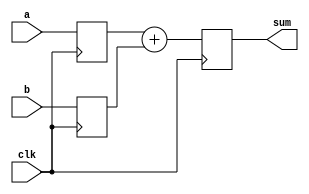
module sum( a,b,
sum,clk);
input [7:0] a,b;
input clk;
output reg [8:0]sum;
reg [7:0]a_r,b_r;

always@(posedge clk)
begin
a_r <= a;
b_r <= b;
sum <= a_r + b_r;
end
endmodule

module sub(a,b,clk,cout);
input [7:0]a,b;
input clk;
output reg  [8:0]  cout;
reg [8:0] a_r, b_r;
always@(posedge clk)
begin
a_r <= a;
b_r <= b;
cout <= a_r - b_r;
end
endmodule

module gen(a,b,cout,clk);
input [7:0] a,b;
input clk;
output reg [8:0]cout;
wire [8:0]cout1;
parameter op = 1;
generate
	if(op)
		sum sum_i(.a(a),.b(b),.clk(clk),.sum(cout1));
	else
		sub sub_i(.a(a),.b(b), .clk(clk),.cout(cout1));
endgenerate

always@(posedge clk)
	cout <=cout1;
endmodule